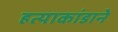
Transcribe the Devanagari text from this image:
हत्याकांडाने